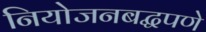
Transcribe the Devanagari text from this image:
नियोजनबद्धपणे